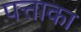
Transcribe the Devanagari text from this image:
पत्ताका